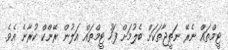
ޓީމްތައް ނެރޭ ނަތީޖާތަކަށް ބެލުމަށް ފަހު ޓީމްތައް އަލުން ރޭންކް ކުރާނެ އެވެ.